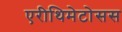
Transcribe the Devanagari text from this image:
एरीथिमेटोसस